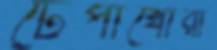
টেপাখোরা